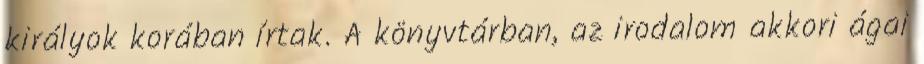
királyok korában írtak. A könyvtárban, az irodalom akkori ágai